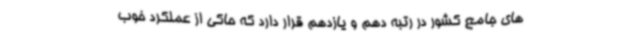
های جامع کشور در رتبه دهم و یازدهم قرار دارد که حاکی از عملکرد خوب